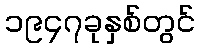
၁၉၄၇ခုနှစ်တွင်